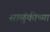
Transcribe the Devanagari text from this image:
साळुंकीच्या